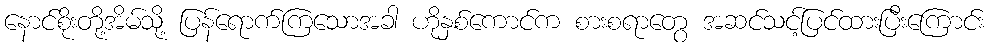
နောင်စိုးတို့အိမ်သို့ ပြန်ရောက်ကြသောအခါ ဟိုနှစ်ကောင်က စားစရာတွေ အဆင်သင့်ပြင်ထားပြီးကြောင်း